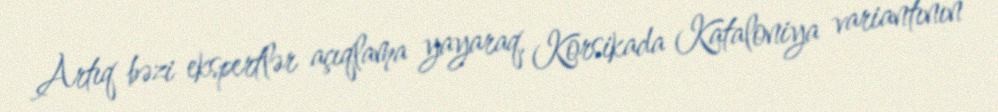
Artıq bəzi ekspertlər açıqlama yayaraq, Korsikada Kataloniya variantının